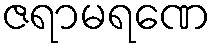
ဇရာမရဏေ